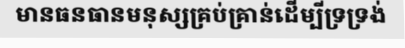
មានធនធានមនុស្សគ្រប់គ្រាន់ដើម្បីទ្រទ្រង់